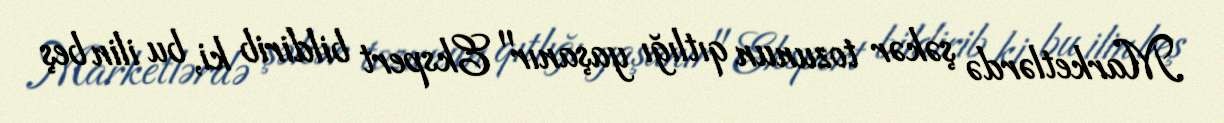
Marketlərdə şəkər tozunun qıtlığı yaşanır" Ekspert bildirib ki, bu ilin beş